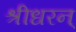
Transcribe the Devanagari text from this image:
श्रीधरन्